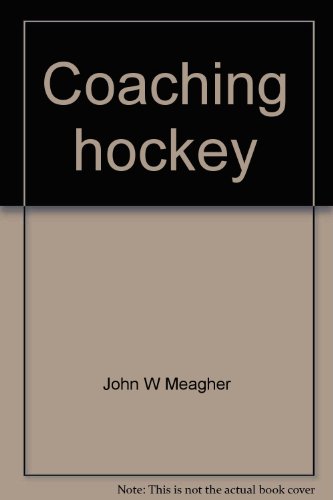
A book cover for Coaching hockey: fundamentals, team play, and techniques; John W Meagher; Sports & Outdoors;